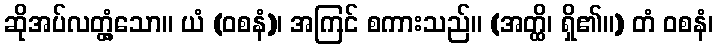
ဆိုအပ်လတ္တံ့သော။ ယံ (ဝစနံ)၊ အကြင် စကားသည်။ (အတ္ထိ၊ ရှိ၏။) တံ ဝစနံ၊